Report of the Indian Hemp Drugs Commission, 1894-1895 - Volume VIII
Year: 1894
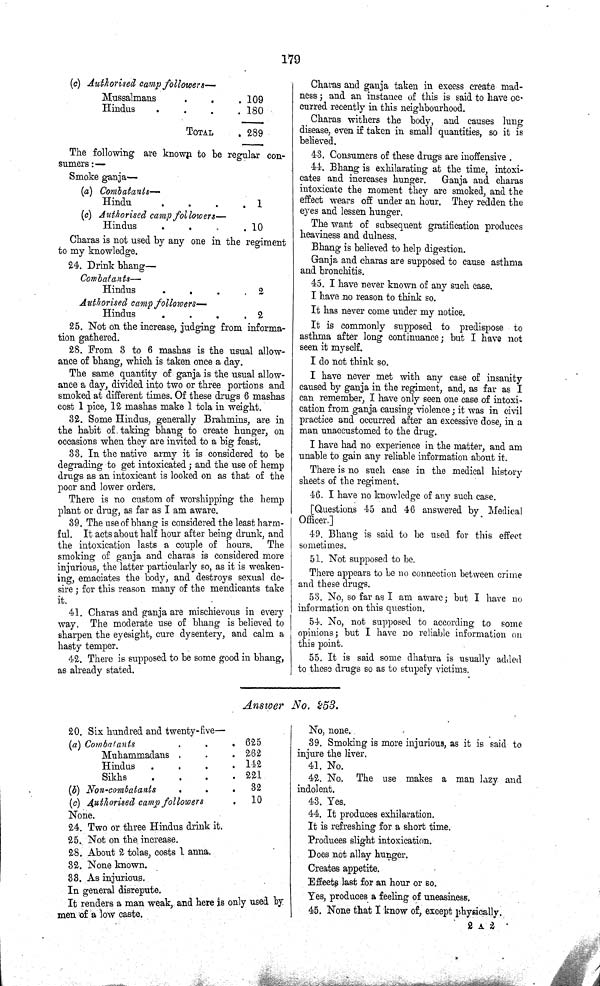
179
(c) Authorised camp followers—
Mussalmans
109
Hindus
180
TOTAL
289
The following are known to be regular con¬
sumers:—
Smoke ganja—
(a) Combatants—
Hindu
1
(c) Authorised camp followers—
Hindus
10
Charas is not used by any one in the regiment
to my knowledge.
24. Drink bhang—
Combatants—
Hindus
2
Authorised camp followers—
Hindus
2
25. Not on the increase, judging from informa¬
tion gathered.
28. From 3 to 6 mashas is the usual allow¬
ance of bhang, which is taken once a day.
The same quantity of ganja is the usual allow¬
ance a day, divided into two or three portions and
smoked at different times. Of these drugs 6 mashas
cost 1 pice, 12 mashas make 1 tola in weight.
32. Some Hindus, generally Brahmins, are in
the habit of. taking bhang to create hunger, on
occasions when they are invited to a big feast.
33. In the native army it is considered to be
degrading to get intoxicated; and the use of hemp
drugs as an intoxicant is looked on as that of the
poor and lower orders.
There is no custom of worshipping the hemp
plant or drug, as far as I am aware.
39. The use of bhang is considered the least harm¬
ful. It acts about half hour after being drunk, and
the intoxication lasts a couple of hours. The
smoking of ganja and charas is considered more
injurious, the latter particularly so, as it is weaken¬
ing, emaciates the body, and destroys sexual de¬
sire; for this reason many of the mendicants take
it.
41. Charas and ganja are mischievous in every
way. The moderate use of bhang is believed to
sharpen the eyesight, cure dysentery, and calm a
hasty temper.
42. There is supposed to be some good in bhang,
as already stated.
Charas and ganja taken in excess create mad¬
ness; and an instance of this is said to have oc¬
curred recently in this neighbourhood.
Charas withers the body, and causes lung
disease, even if taken in small quantities, so it is
believed.
43. Consumers of these drugs are inoffensive.
44. Bhang is exhilarating at the time, intoxi¬
cates and increases hunger.
Ganja and charas
intoxicate the moment they are smoked, and the
effect wears off under an hour. They redden the
eyes and lessen hunger.
The want of subsequent gratification produces
heaviness and dulness.
Bhang is believed to help digestion.
Ganja and charas are supposed to cause asthma
and bronchitis.
45. I have never known of any such case.
I have no reason to think so.
It has never come under my notice.
It is commonly supposed to predispose to
asthma after long continuance; but I have not
seen it myself.
I do not think so.
I have never met with any case of insanity
caused by ganja in the regiment, and, as far as I
can remember, I have only seen one case of intoxi¬
cation from ganja causing violence; it was in civil
practice and occurred after an excessive dose, in a
man unaccustomed to the drug.
I have had no experience in the matter, and am
unable to gain any reliable information about it.
There is no such case in the medical history
sheets of the regiment.
46. I have no knowledge of any such case.
[Questions 45 and 40 answered by Medical
Officer.]
49. Bhang is said to be used for this effect
sometimes.
51. Not supposed to be.
There appears to be no connection between crime
and these drugs.
53. No, so far as I am aware; but I have no
information on this question.
54. No, not supposed to according to some
opinions; but I have no reliable information on
this point.
55. It is said some dhatura is usually added
to these drugs so as to stupefy victims.
Answer No. 253.
20. Six hundred and twenty-five—
(a) Combatants
625
Muhammadans
262
Hindus
142
Sikhs
221
(b) Non-combatants
32
(c) Authorised camp followers
10
None.
24. Two or three Hindus drink it.
25. Not on the increase.
28. About 2 tolas, costs 1 anna.
32. None known.
33. As injurious.
In general disrepute.
It renders a man weak, and here is only used by
men of a low caste.
No, none.
39. Smoking is more injurious, as it is said to
injure the liver.
41. No.
42. No. The use makes a man lazy and
indolent.
43. Yes.
44. It produces exhilaration.
It is refreshing for a short time.
Produces slight intoxication.
Does not allay hunger.
Creates appetite.
Effects last for an hour or so.
Yes, produces a feeling of uneasiness.
45. None that I know of, except physically.
2 A 2